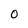
Character: O